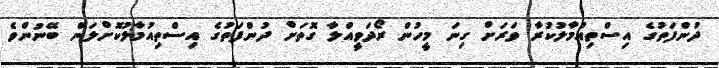
ދުންފަތުގެ އިސްތިއުމާލުކުރާ ވަރަށް ގިނަ މީހުން ރޯދަވީއްލާ ގޮތަށް ދުންފަތުގެ އިސްތިއުމާލުކޮށްލަން ބޭނުންވެ